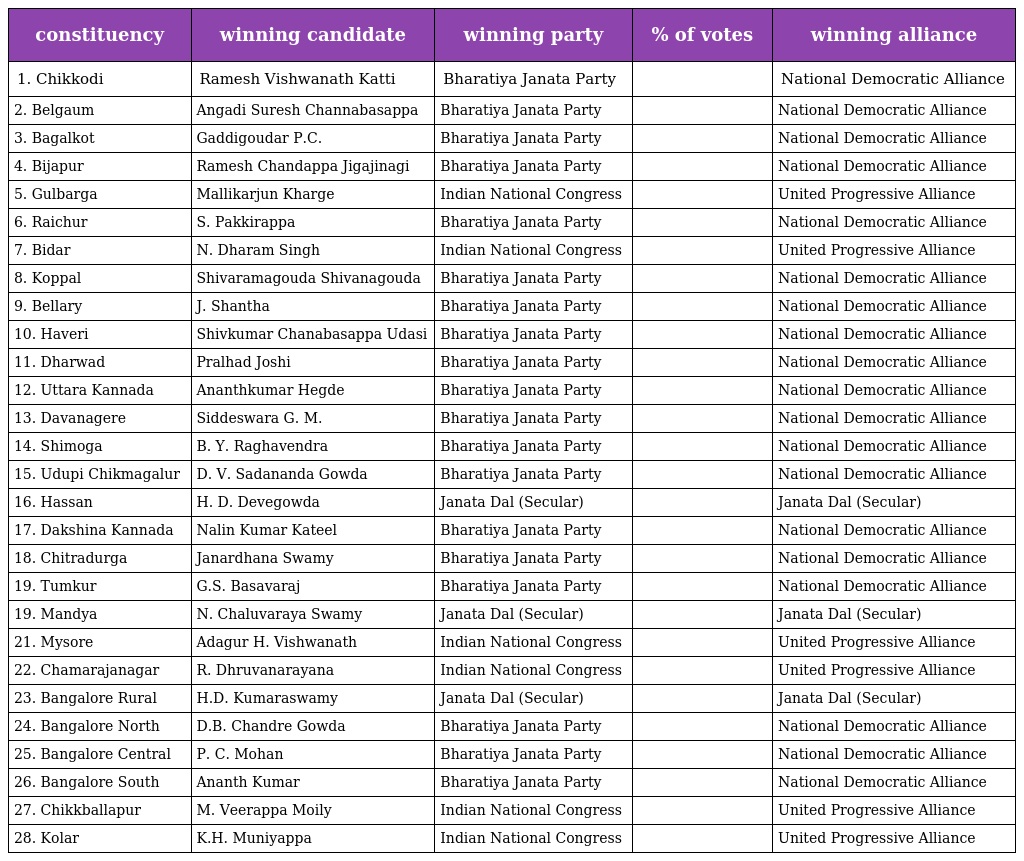
| constituency | winning candidate | winning party | % of votes | winning alliance |
 | --- | --- | --- | --- | --- |
 | 1. Chikkodi | Ramesh Vishwanath Katti | Bharatiya Janata Party |  | National Democratic Alliance |
 | 2. Belgaum | Angadi Suresh Channabasappa | Bharatiya Janata Party |  | National Democratic Alliance |
 | 3. Bagalkot | Gaddigoudar P.C. | Bharatiya Janata Party |  | National Democratic Alliance |
 | 4. Bijapur | Ramesh Chandappa Jigajinagi | Bharatiya Janata Party |  | National Democratic Alliance |
 | 5. Gulbarga | Mallikarjun Kharge | Indian National Congress |  | United Progressive Alliance |
 | 6. Raichur | S. Pakkirappa | Bharatiya Janata Party |  | National Democratic Alliance |
 | 7. Bidar | N. Dharam Singh | Indian National Congress |  | United Progressive Alliance |
 | 8. Koppal | Shivaramagouda Shivanagouda | Bharatiya Janata Party |  | National Democratic Alliance |
 | 9. Bellary | J. Shantha | Bharatiya Janata Party |  | National Democratic Alliance |
 | 10. Haveri | Shivkumar Chanabasappa Udasi | Bharatiya Janata Party |  | National Democratic Alliance |
 | 11. Dharwad | Pralhad Joshi | Bharatiya Janata Party |  | National Democratic Alliance |
 | 12. Uttara Kannada | Ananthkumar Hegde | Bharatiya Janata Party |  | National Democratic Alliance |
 | 13. Davanagere | Siddeswara G. M. | Bharatiya Janata Party |  | National Democratic Alliance |
 | 14. Shimoga | B. Y. Raghavendra | Bharatiya Janata Party |  | National Democratic Alliance |
 | 15. Udupi Chikmagalur | D. V. Sadananda Gowda | Bharatiya Janata Party |  | National Democratic Alliance |
 | 16. Hassan | H. D. Devegowda | Janata Dal (Secular) |  | Janata Dal (Secular) |
 | 17. Dakshina Kannada | Nalin Kumar Kateel | Bharatiya Janata Party |  | National Democratic Alliance |
 | 18. Chitradurga | Janardhana Swamy | Bharatiya Janata Party |  | National Democratic Alliance |
 | 19. Tumkur | G.S. Basavaraj | Bharatiya Janata Party |  | National Democratic Alliance |
 | 19. Mandya | N. Chaluvaraya Swamy | Janata Dal (Secular) |  | Janata Dal (Secular) |
 | 21. Mysore | Adagur H. Vishwanath | Indian National Congress |  | United Progressive Alliance |
 | 22. Chamarajanagar | R. Dhruvanarayana | Indian National Congress |  | United Progressive Alliance |
 | 23. Bangalore Rural | H.D. Kumaraswamy | Janata Dal (Secular) |  | Janata Dal (Secular) |
 | 24. Bangalore North | D.B. Chandre Gowda | Bharatiya Janata Party |  | National Democratic Alliance |
 | 25. Bangalore Central | P. C. Mohan | Bharatiya Janata Party |  | National Democratic Alliance |
 | 26. Bangalore South | Ananth Kumar | Bharatiya Janata Party |  | National Democratic Alliance |
 | 27. Chikkballapur | M. Veerappa Moily | Indian National Congress |  | United Progressive Alliance |
 | 28. Kolar | K.H. Muniyappa | Indian National Congress |  | United Progressive Alliance |